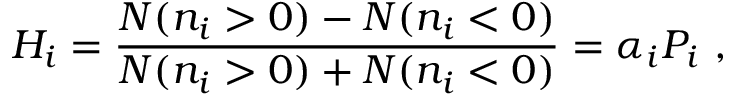
H _ { i } = { \frac { N ( n _ { i } > 0 ) - N ( n _ { i } < 0 ) } { N ( n _ { i } > 0 ) + N ( n _ { i } < 0 ) } } = \alpha _ { i } P _ { i } \ ,